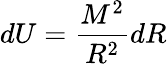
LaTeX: dU={\frac{M^{2}}{R^{2}}}dR